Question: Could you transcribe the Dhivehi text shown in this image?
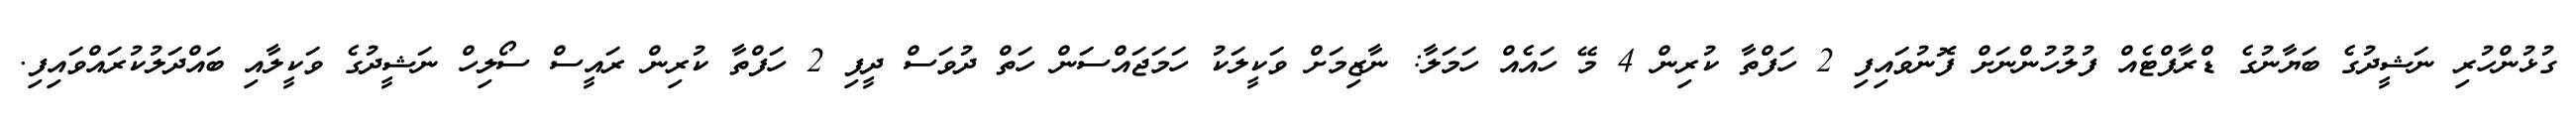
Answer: ގުޅުންހުރި ނަޝީދުގެ ބަޔާނުގެ ޑްރާފްޓެއް ފުލުހުންނަށް ފޮނުވައިފި 2 ހަފްތާ ކުރިން 4 މޭ ހައެއް ހަމަލާ: ނާޒިމަށް ވަކީލަކު ހަމަޖައްސަން ހަތް ދުވަސް ދީފި 2 ހަފްތާ ކުރިން ރައީސް ސޯލިހް ނަޝީދުގެ ވަކީލާއި ބައްދަލުކުރައްވައިފި.